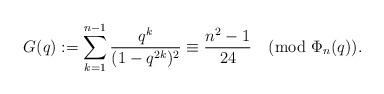
LaTeX: \begin{align*}G(q):=\sum_{k=1}^{n-1}\frac{q^{k}}{(1-q^{2k})^2}\equiv \frac{n^2-1}{24} \pmod{\Phi_n(q)}. \end{align*}